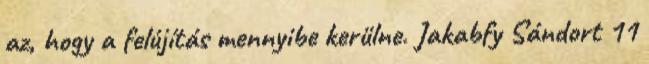
az, hogy a felújítás mennyibe kerülne. Jakabfy Sándort 11